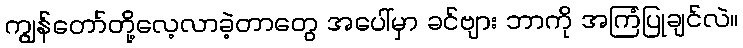
ကျွန်တော်တို့လေ့လာခဲ့တာတွေ အပေါ်မှာ ခင်ဗျား ဘာကို အကြံပြုချင်လဲ။